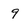
Character: 9